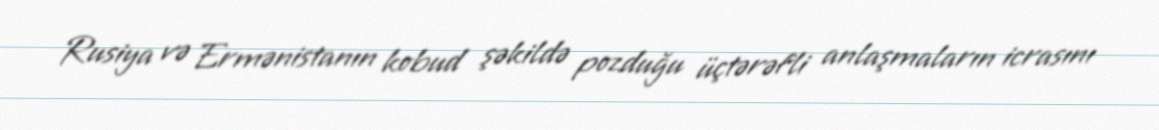
Rusiya və Ermənistanın kobud şəkildə pozduğu üçtərəfli anlaşmaların icrasını